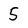
Character: 5